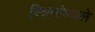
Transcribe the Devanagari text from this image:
स्त्रियांमधले